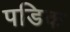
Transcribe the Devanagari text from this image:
पडिक